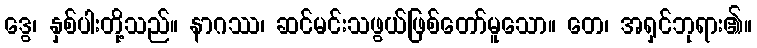
ဒွေ၊ နှစ်ပါးတို့သည်။ နာဂဿ၊ ဆင်မင်းသဖွယ်ဖြစ်တော်မူသော။ တေ၊ အရှင်ဘုရား၏။